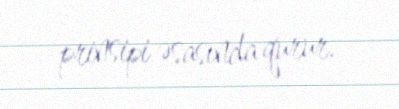
prinsipi əsasında qurur.